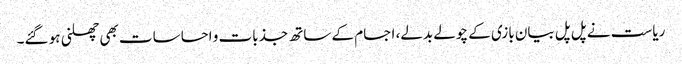
ریاست نے پل پل بیان بازی کے چولے بدلے، اجسام کے ساتھ جذبات و احساسات بھی چھلنی ہو گئے۔